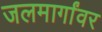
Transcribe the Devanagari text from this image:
जलमार्गांवर